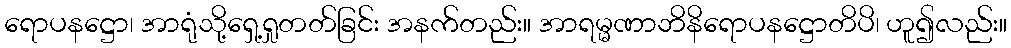
ရောပနဋ္ဌော၊ အာရုံသို့ရှေ့ရှုတတ်ခြင်း အနက်တည်း။ အာရမ္မဏာဘိနိရောပနဋ္ဌောတိပိ၊ ဟူ၍လည်း။